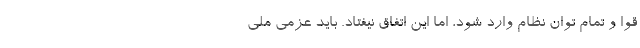
قوا و تمام توان نظام وارد شود، اما این اتفاق نیفتاد. باید عزمی ملی